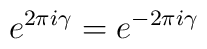
e^{2\pi i\gamma} = e^{- 2\pi i\gamma}